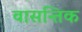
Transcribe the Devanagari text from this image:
वासन्तिक